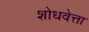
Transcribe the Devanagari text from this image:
शोधवेत्ता